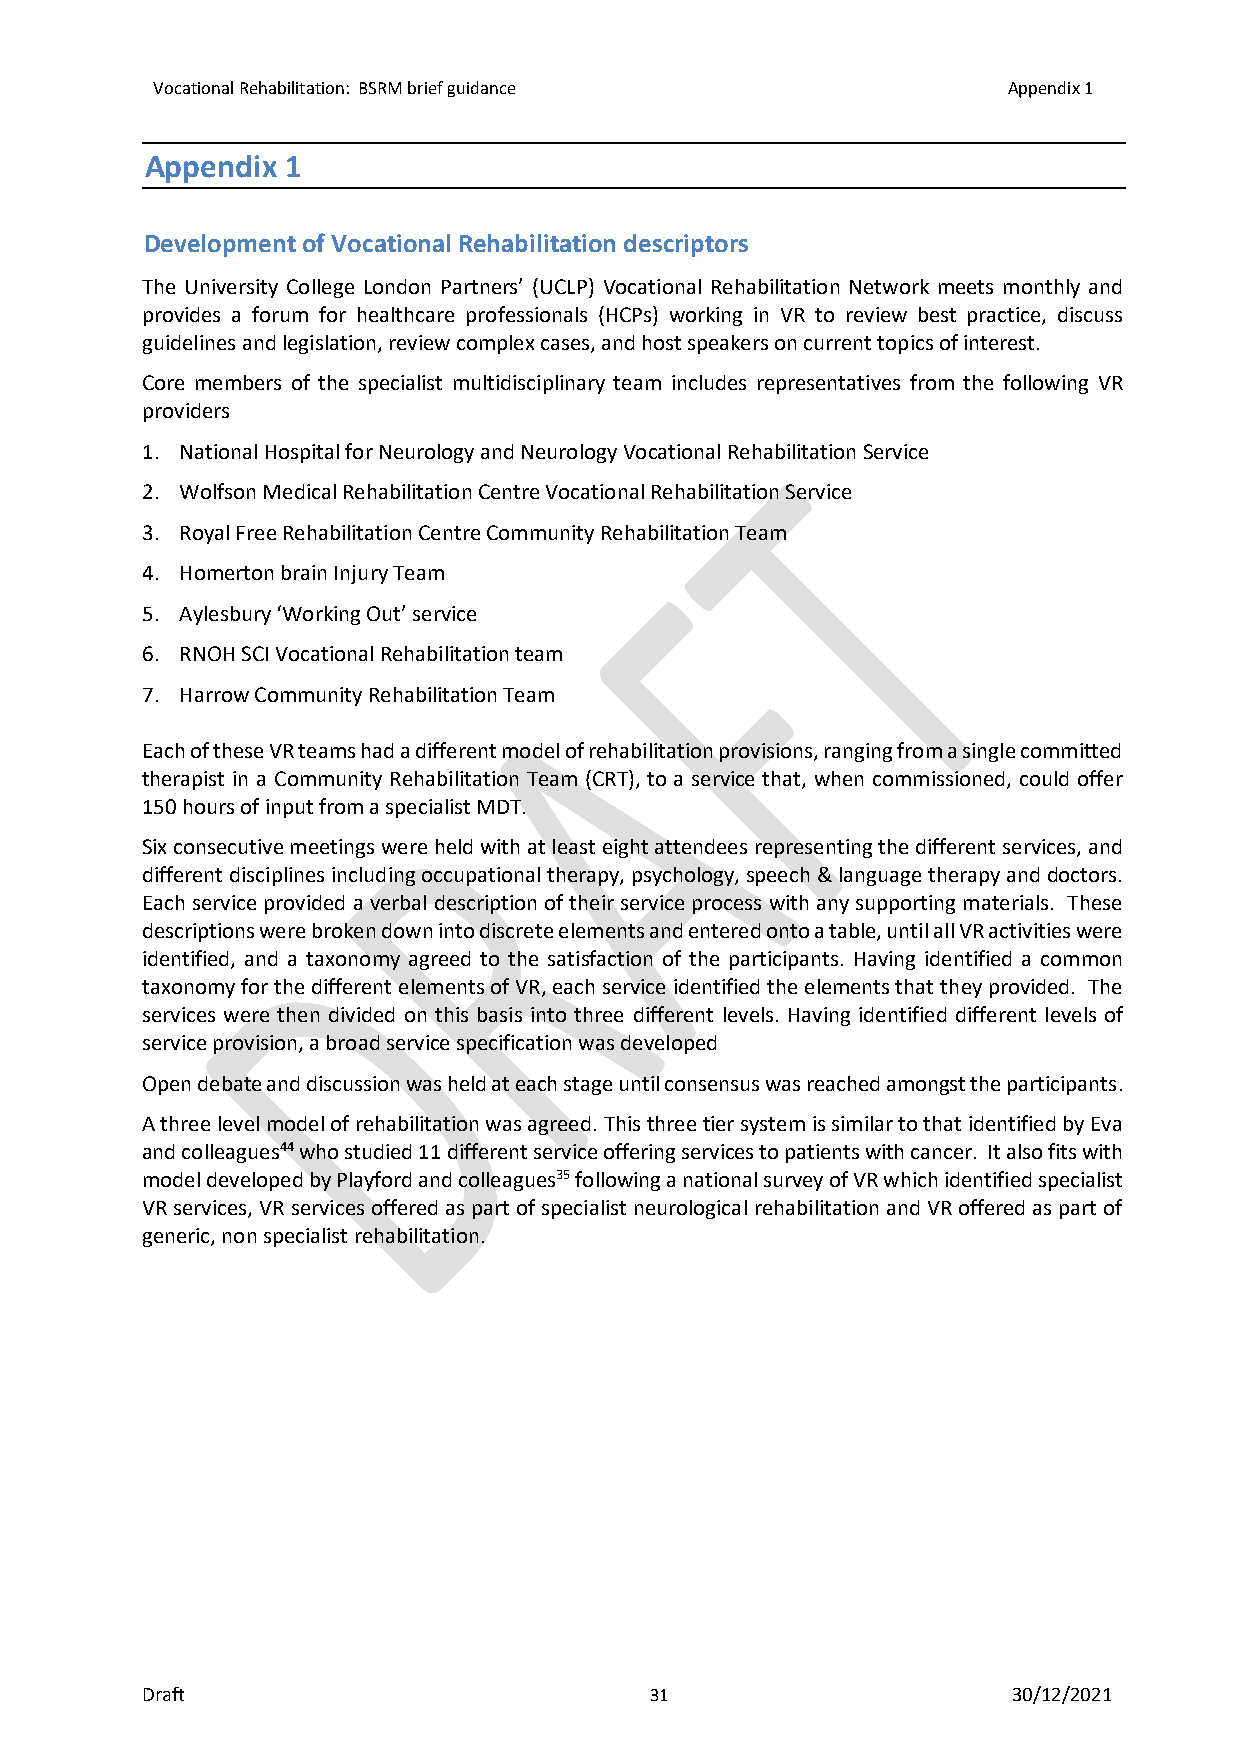
Vocational Rehabilitation: BSRM brief guidance           Appendix 1
 Appendix 1
 Development of Vocational Rehabilitation descriptors
 The University College London Partners’ (UCLP) Vocational Rehabilitation Network meets monthly and
 provides a forum for healthcare professionals (HCPs) working in VR to review best practice, discuss
 guidelines and legislation, review complex cases, and host speakers on current topics of interest.
 Core members of the specialist multidisciplinary team includes representatives from the following VR
 providers
 1. National Hospital for Neurology and Neurology Vocational Rehabilitation Service
 2. Wolfson Medical Rehabilitation Centre Vocational Rehabilitation Service
 3. Royal Free Rehabilitation Centre Community Rehabilitation Team
 4. Homerton brain Injury Team
 5. Aylesbury ‘Working Out’ service
 6. RNOH SCI Vocational Rehabilitation team
 7. Harrow Community Rehabilitation Team
 Each of these VR teams had a different model of rehabilitation provisions, ranging from a single committed
 therapist in a Community Rehabilitation Team (CRT), to a service that, when commissioned, could offer
 150 hours of input from a specialist MDT.
 Six consecutive meetings were held with at least eight attendees representing the different services, and
 different disciplines including occupational therapy, psychology, speech & language therapy and doctors.
 Each service provided a verbal description of their service process with any supporting materials. These
 descriptions were broken down into discrete elements and entered onto a table, until all VR activities were
 identified, and a taxonomy agreed to the satisfaction of the participants. Having identified a common
 taxonomy for the different elements of VR, each service identified the elements that they provided. The
 services were then divided on this basis into three different levels. Having identified different levels of
 service provision, a broad service specification was developed
 Open debate and discussion was held at each stage until consensus was reached amongst the participants.
 A three level model of rehabilitation was agreed. This three tier system is similar to that identified by Eva
 and colleagues44 who studied 11 different service offering services to patients with cancer. It also fits with
 model developed by Playford and colleagues35 following a national survey of VR which identified specialist
 VR services, VR services offered as part of specialist neurological rehabilitation and VR offered as part of
 generic, non specialist rehabilitation.
 Draft                             31                      30/12/2021